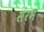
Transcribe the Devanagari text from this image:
संरभ